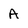
Character: a